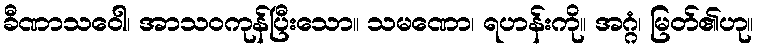
ခီဏာသဝေါ၊ အာသဝကုန်ပြီးသော။ သမဏော၊ ရဟန်းကို။ အဂ္ဂံ၊ မြတ်၏ဟု။